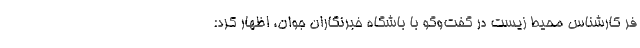
فر کارشناس محیط زیست در گفت‌وگو با باشگاه خبرنگاران جوان، اظهار کرد: